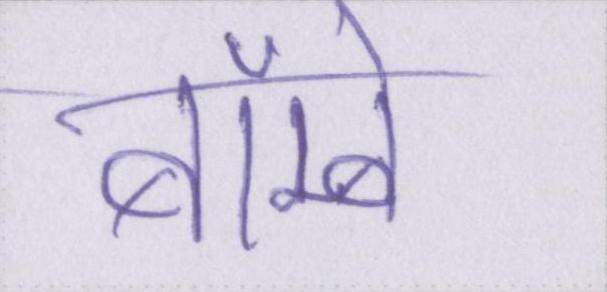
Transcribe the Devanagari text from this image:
बॅाम्बे